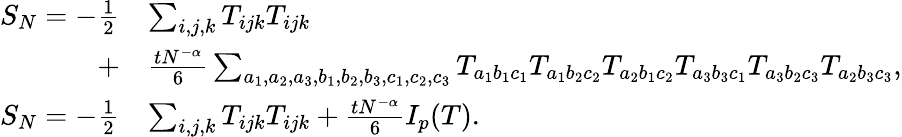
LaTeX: \begin{array}{rl}{S_{N}=-\frac{1}{2}}&{\sum_{i,j,k}T_{ijk}T_{ijk}}\\ {+}&{\frac{tN^{-\alpha}}{6}\sum_{a_{1},a_{2},a_{3},b_{1},b_{2},b_{3},c_{1},c_{2},c_{3}}T_{a_{1}b_{1}c_{1}}T_{a_{1}b_{2}c_{2}}T_{a_{2}b_{1}c_{2}}T_{a_{3}b_{3}c_{1}}T_{a_{3}b_{2}c_{3}}T_{a_{2}b_{3}c_{3}}\mathrm{,}}\\ {S_{N}=-\frac{1}{2}}&{\sum_{i,j,k}T_{ijk}T_{ijk}+\frac{tN^{-\alpha}}{6}I_{p}(T)\mathrm{.}}\end{array}